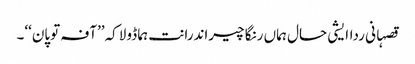
قصہانی رداایشی حال ہماں رنگا چیراندرانت ہما ڈولاکہ’’آفہ توپان‘‘۔